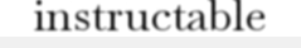
instructable